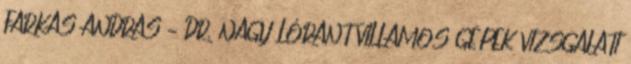
FARKAS ANDRÁS – DR. NAGY LÓRÁNT VILLAMOS GÉPEK VIZSGÁLATI